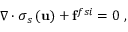
\nabla \cdot { \boldsymbol \sigma _ { s } } \left( \mathbf { u } \right) + \mathbf { f } ^ { f s i } = 0 \mathrm { ~ , ~ }